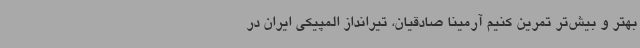
بهتر و بیش‌تر تمرین کنیم آرمینا صادقیان، تیرانداز المپیکی ایران در